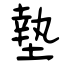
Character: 墊